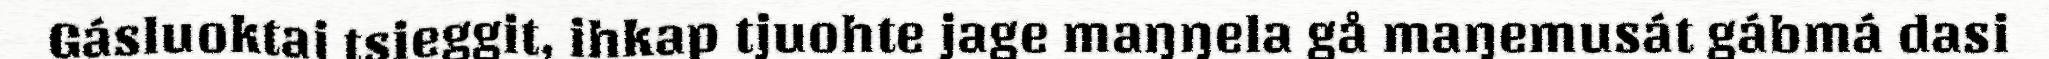
Gásluoktaj tsieggit, ihkap tjuohte jage maŋŋela gå maŋemusát gábmá dasi